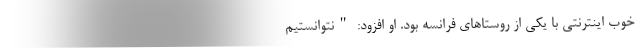
خوب اینترنتی با یکی از روستاهای فرانسه بود. او افزود: "نتوانستیم